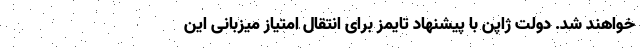
خواهند شد. دولت ژاپن با پیشنهاد تایمز برای انتقال امتیاز میزبانی این